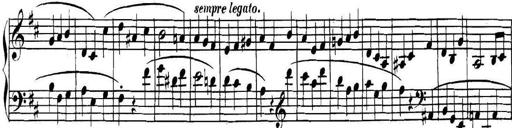
Title: Collected Piano Sonatas
Composer: Muzio Clementi